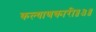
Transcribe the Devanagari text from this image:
कल्याणकारी॥३॥